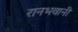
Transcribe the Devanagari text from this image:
रानभवानी